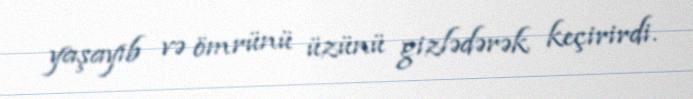
yaşayıb və ömrünü üzünü gizlədərək keçirirdi.